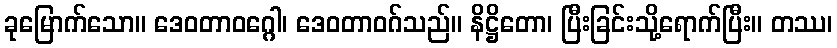
ခုမြောက်သော။ ဒေဝတာဝဂ္ဂေါ၊ ဒေဝတာဝဂ်သည်။ နိဋ္ဌိတော၊ ပြီးခြင်းသို့ရောက်ပြီး။ တဿ၊